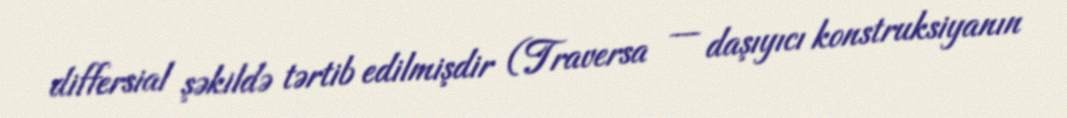
differsial şəkildə tərtib edilmişdir (Traversa — daşıyıcı konstruksiyanın